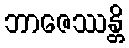
ဘာဇေဿန္တိ